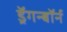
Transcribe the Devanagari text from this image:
ड्रॅगन्बॉर्न